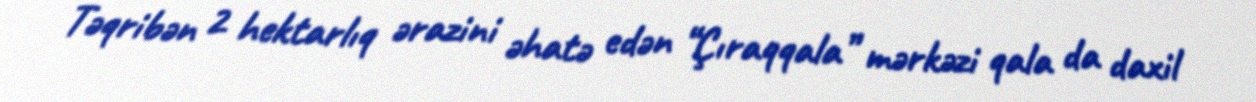
Təqribən 2 hektarlıq ərazini əhatə edən “Çıraqqala” mərkəzi qala da daxil